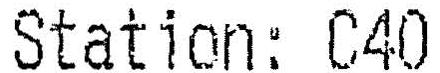
STATION: C40